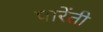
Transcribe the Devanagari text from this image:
पारेंती